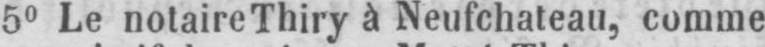
50 Le notaire Thiry à Neufchateau, comme